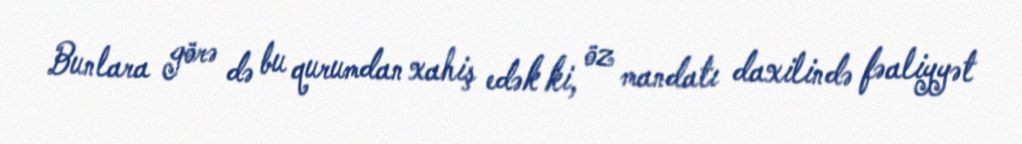
Bunlara görə də bu qurumdan xahiş edək ki, öz mandatı daxilində fəaliyyət